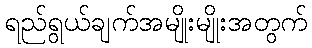
ရည်ရွယ်ချက်အမျိုးမျိုးအတွက်